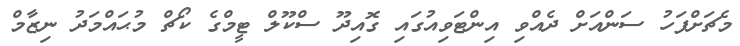
މެޗަށްފަހު ސަންއަށް ދެއްވި އިންޓަވިއުގައި ގޮއިދޫ ސްކޫލް ޓީމްގެ ކޯޗް މުޙައްމަދު ނިޒާމް